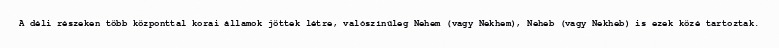
A déli részeken több központtal korai államok jöttek létre, valószínűleg Nehem (vagy Nekhem), Neheb (vagy Nekheb) is ezek közé tartoztak.